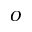
O